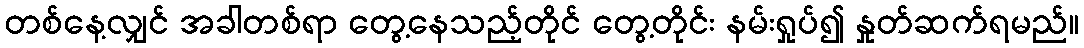
တစ်နေ့လျှင် အခါတစ်ရာ တွေ့နေသည့်တိုင် တွေ့တိုင်း နမ်းရှုပ်၍ နှုတ်ဆက်ရမည်။